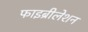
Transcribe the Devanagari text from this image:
फाइब्रीलेशन